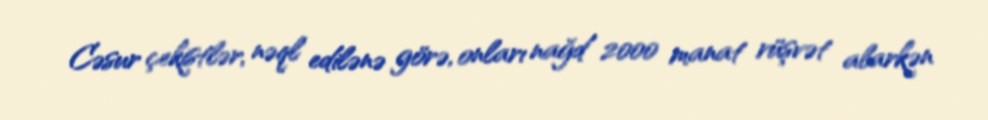
Cəsur çekistlər, nəql edilənə görə, onları nağd 2000 manat rüşvət alarkən